Vaccination in Bombay 1902-1912 - 1902-1912
Year: 1902
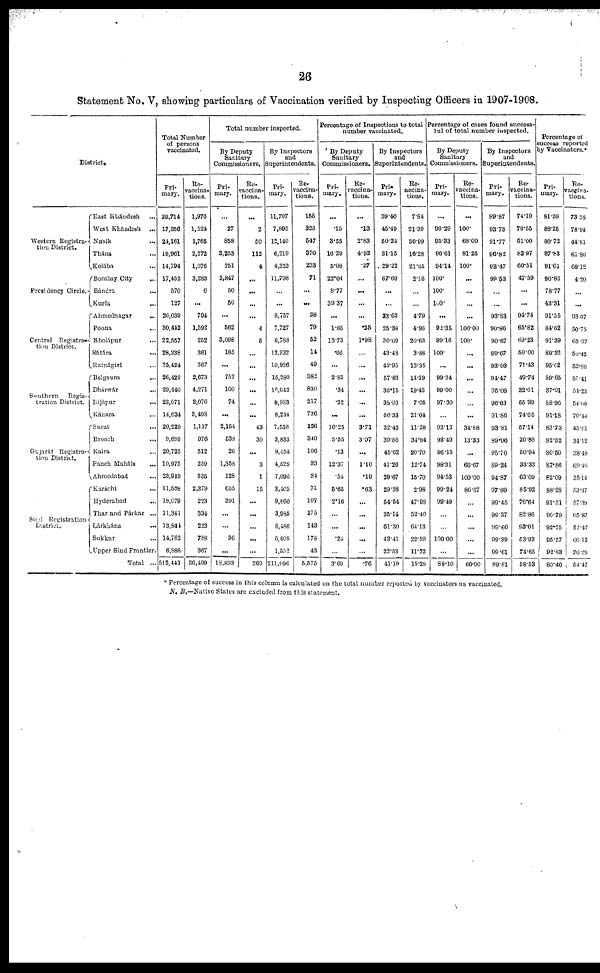
26
Statement No. V, showing particulars of Vaccination verified by Inspecting Officers in 1907-1908.
District.
Western Registra¬
tion District.
Presidency Circle.
Central Registra¬
tion District.
Southern
Regis¬
tration District.
Gujarát Registra¬
tion District.
Sind Registration
District.
East Khándesh ...
West Khándesh
...
Násik ...
Thána ...
Kolába ...
Bombay City ...
Bándra ...
Kurla ...
Ahmednagar
...
Poona ...
Sholápur ...
Sátára ...
Ratnágiri ...
Belgaum
...
Dhárwár ...
Bijápur ...
Kánara ...
Surat ...
Broach ...
Kaira ...
Panch Maháls
...
Ahmedabad ...
Karáchi ...
Hyderabad ...
Thar and Párkar ...
Lárkhána ...
Sukkur ...
Upper Sind Frontier.
Total ...
Total Number
of persons
vaccinated.
Pri-
mary.
29,714
17,356
24,161
19,961
14,794
17,452
570
127
26,039
30,442
22,557
28,238
25,424
26,422
29,440
23,071
14,634
20,229
9,689
20,725
10,975
23,919
11,588
18,079
11,341
13,841
14,762
6,888
512,441
Re¬
vaccina¬
tions.
1,976
1,524
1,765
2,272
1,076
3,283
6
...
794
1,592
252
361
367
2,673
4,271
3,076
3,498
1,117
976
512
259
535
2,379
223
334
223
788
367
36,499
Total number inspected.
By Deputy
Sanitary
Commissioners.
Pri¬
mary.
...
27
858
3,253
751
3,847
50
50
...
562
3,098
185
...
752
100
74
...
2,154
538
26
1,358
128
655
391
...
...
36
...
18,893
Re¬
vaccina-
tions.
...
2
50
112
4
...
...
...
...
4
5
...
...
...
...
...
...
43
30
...
3
1
15
...
...
...
...
...
269
By Inspectors
and
Superintendents.
Pri-
mary.
11,707
7,895
12,140
6,219
4,323
11,798
...
...
8,757
7,727
6,788
12,322
10,926
15,280
10,642
8,983
8,244
7,558
3,833
9,454
4,528
7,096
3,405
9,860
3,985
8,486
6,408
1,552
211,096
Re¬
vaccina-
tions.
155
323
547
370
233
71
...
...
38
79
52
14
49
382
830
217
736
126
340
106
33
84
71
107
175
143
178
43
5,575
Percentage of Inspections to total 1
number vaccinated.
By Deputy
Sanitary
Commissioners.
Pri-
mary.
...
.15
3.55
16.29
5.08
22.04
8.77
39.37
...
1.85
13.73
.66
...
2.85
.34
.32
...
10.25
5.55
.13
12.37
.54
5.65
2.16
...
...
.24
...
3.69
Re-
vaccina-
tions.
...
.13
2.83
4.92
.37
...
...
...
...
.25
1.98
...
...
...
...
...
...
3.71
3.07
...
1.16
.19
.63
...
...
...
...
...
.76
By Inspectors
and
Superintendents.
Pri¬
mary.
39.40
45.49
50.24
31.15
29.22
67.60
...
...
33.63
25.38
30.00
43.48
42.95
57.83
36.15
38.93
56.33
32.42
39.56
45.62
41.26
29.67
29.38
54.54
35.14
61.30
43.41
22.53
41.19
Re¬
accina¬
tions.
7.84
21.39
30.99
16.28
21.65
2.16
...
...
4.79
4.96
20.63
3.88
13.35
14.29
19.43
7.05
21.04
11.28
34.84
20.70
12.74
15.70
2.98
47.98
52.40
64.13
22.59
11.72
15.28
Percentage of cases found success-
ful of total number inspected.
By Deputy
Sanitary
Commissioners.
Pri-
mary.
...
96.29
95.33
96.61
94.14
100.
100.
100.
...
92.35
99.16
100.
...
99.34
99.00
97.30
...
93.13
93.49
96.15
98.31
94.53
99.24
99.49
...
...
100.00
...
88.10
Re¬
vaccina-
tions.
...
100.
68.00
81.25
100.
...
...
...
...
100.00
100.
...
...
...
...
...
...
34.88
13.33
...
66.67
100.00
86.67
...
...
...
...
...
66.90
By Inspectors
and
Superintendents.
Pri-
mary.
89.87
93.73
91.77
96.82
93.47
99.53
...
...
93.83
90.80
90.67
89.67
93.03
94.47
95.08
96.63
91.86
93.81
89.96
95.70
89.24
94.87
97.89
99.45
99.37
99.60
99.39
99.61
89.81
Re¬
vaccina-
tions.
74.19
70.55
51.00
82.97
60.51
47.59
...
...
94.74
65.82
69.23
50.00
71.43
49.74
32.61
55.39
74.05
57.14
20.88
50.94
33.33
63.09
85.92
76.64
82.86
93.01
53.93
74.65
58.53
Percentage of
success reported
by Vaccinators.*
Pri-
mary.
81.38
88.25
80.72
87.83
91.61
90.83
78.77
43.31
91.55
84.62
91.39
89.22
95.02
89.65
87.91
98.96
91.18
83.73
82.52
80.50
87.86
82.09
88.28
91.31
90.79
92.75
95.57
92.83
80.40
Re¬
vaccina¬
tions.
73.58
78.94
44.81
61.80
68.12
4.20
...
...
93.07
50.75
65.07
50.42
52.86
55.41
54.23
54.68
70.44
45.61
34.12
38.48
69.46
35.14
53.97
57.39
65.87
52.47
66.12
76.29
54.47
* Percentage of success in this column is calculated on the total number reported by vaccinators as vaccinated.
N. B.—Native States are excluded from this statement.